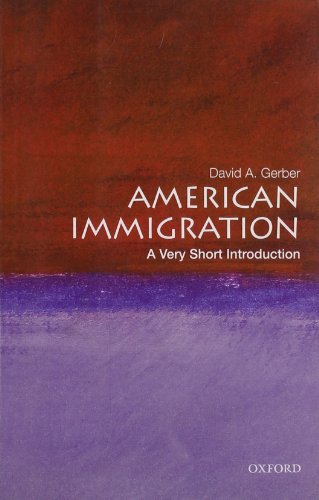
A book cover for American Immigration: A Very Short Introduction; David A. Gerber; Law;